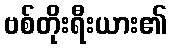
ဗစ်တိုးရီးယား၏